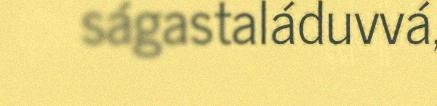
ságastaláduvvá,